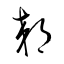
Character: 郊